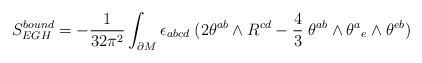
\begin{align*}S_{EGH}^{bound}= -{1\over 32 \pi^2} \int_{\partial M}\epsilon_{abcd}\; (2 \theta ^{ab} \wedge R^{cd}- {4\over 3} \; \theta ^{ab}\wedge\theta^{a}{}_e\wedge \theta ^{eb})\end{align*}